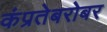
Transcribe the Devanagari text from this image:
कंप्रतेबरोबर